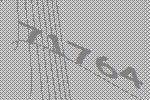
71764